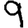
Digit: 9